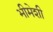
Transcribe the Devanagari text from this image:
भीमेशी